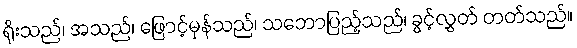
ရိုးသည်၊ အသည်၊ ဖြောင့်မှန်သည်၊ သဘောပြည့်သည်၊ ခွင့်လွှတ် တတ်သည်။